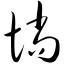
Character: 惝